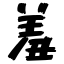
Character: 羞